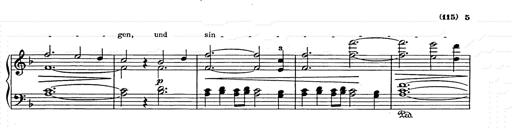
Title: Weihnachtsbaum
Composer: Franz Liszt